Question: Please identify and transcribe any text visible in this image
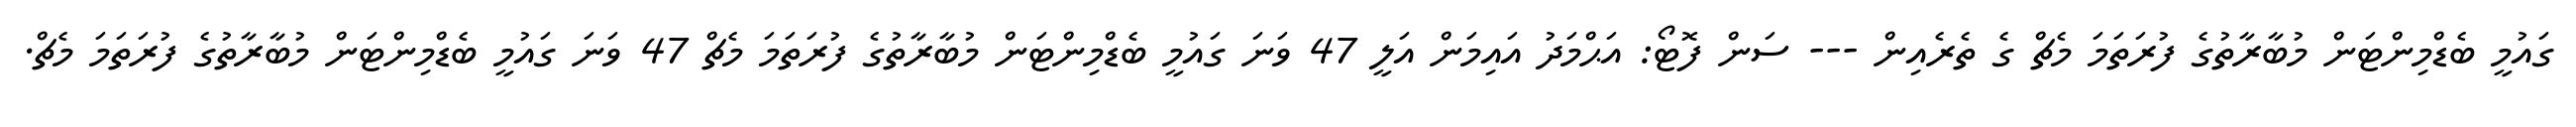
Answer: ގައުމީ ބެޑްމިންޓަން މުބާރާތުގެ ފުރަތަމަ މެޗް ގެ ތެރެއިން --- ސަން ފޮޓޯ: އަޙްމަދު އައިމަން އަލީ 47 ވަނަ ގައުމީ ބެޑްމިންޓަން މުބާރާތުގެ ފުރަތަމަ މެޗް 47 ވަނަ ގައުމީ ބެޑްމިންޓަން މުބާރާތުގެ ފުރަތަމަ މެޗް.